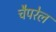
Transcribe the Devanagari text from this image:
चैपरेल